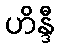
ဟိန္ဒီ